Medical and sanitary report of the native army of Madras for the year
Year: 1875
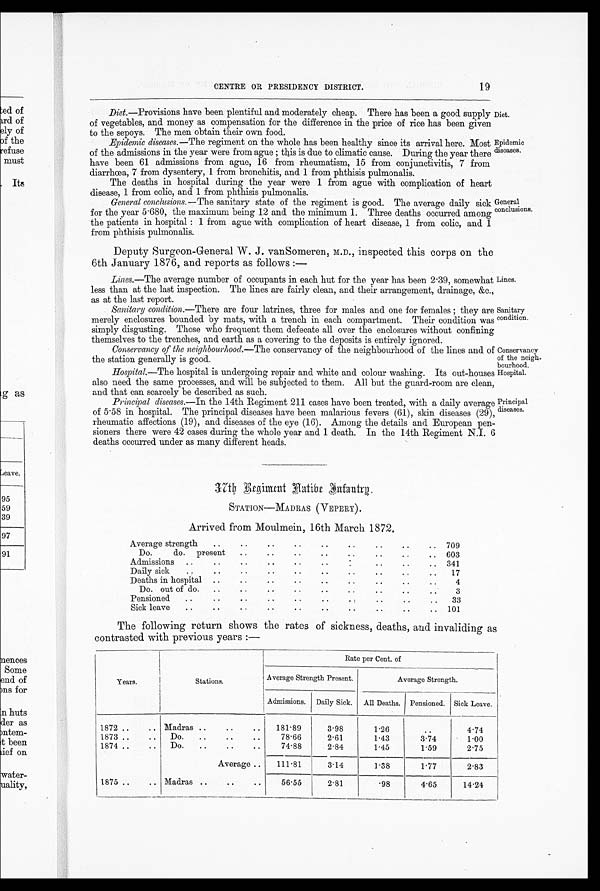
Diet.
Epidemic
diseases.
19
CENTRE OR PRESIDENCY DISTRICT.
Diet.—Provisions have been plentiful and moderately cheap. There has been a good supply
of vegetables, and money as compensation for the difference in the price of rice has been given
to the sepoys. The men obtain their own food.
Epidemic diseases .—The regiment on the whole has been healthy since its arrival here. Most
of the admissions in the year were from ague ; this is due to climatic cause. During the year there
have been 61 admissions from ague, 16 from rheumatism, 15 from conjunctivitis, 7 from
diarrhoea, 7 from dysentery, 1 from bronchitis, and 1 from phthisis pulmonalis.
The deaths in hospital during the year were 1 from ague with complication of heart
disease, 1 from colic, and 1 from phthisis pulmonalis.
General conclusions .—The sanitary state of the regiment is good. The average daily sick
for the year 5 . 680, the maximum being 12 and the minimum 1. Three deaths occurred among
the patients in hospital : 1 from ague with complication of heart disease, 1 from colic, and 1
from phthisis pulmonalis.
General
conclusions.
Deputy Surgeon-General W. J. vanSomeren, M.D., inspected this corps on the
6th January 1876, and reports as follows :—
Lines.—The average number of occupants in each hut for the year has been 2 . 39, somewhat
less than at the last inspection. The lines are fairly clean, and their arrangement, drainage, &c.,
as at the last report.
Sanitary condition .—There are four latrines, three for males and one for females ; they are
merely enclosures bounded by mats, with a trench in each compartment. Their condition was
simply disgusting. Those who frequent them defecate all over the enclosures without confining
themselves to the trenches, and earth as a covering to the deposits is entirely ignored.
Conservancy of the neighbourhood.—The conservancy of the neighbourhood of the lines and of
the station generally is good.
Hospital.—The hospital is undergoing repair and white and colour washing. Its out-houses
also need the same processes, and will be subjected to them. All but the guard-room are clean,
and that can scarcely be described as such.
Principal diseases.—In the 14th Regiment 211 cases have been treated, with a daily average
of 5 . 58 in hospital. The principal diseases have been malarious fevers (61), skin diseases (29),
rheumatic affections (19), and diseases of the eye (16). Among the details and European pen-
sioners there were 42 cases during the whole year and 1 death. In the 14th Regiment N.I. 6
deaths occurred under as many different heads.
Lines.
Sanitary
condition.
Conservancy
of the neigh
¬bourhood.
Hospital.
Principal
diseases.
37th Regiment Native Inf antry.
STATION—MADRAS (VEPERY).
Arrived from Moulmein, 16th March 1872.
Average strength
..
. .
. .
. .
. .
. .
. .
. .
. .
709
Do.
do.
present
..
.. ..
. .
. .
. .
. .
. .
603
Admissions
..
..
..
..
. .
.
.
. . . .
. .
341
Daily sick
..
..
..
..
. . .
.
. .
. .
.. ..
17
Deaths in hospital
..
.. .
.
. .
. .
. .
. .
. .
. .
4
Do. out of do.
..
..
..
..
. .
. .
. .
. .
. .
3
Pensioned
..
..
..
..
..
..
..
..
. .
. .
33
Sick leave
..
. .
. .
. .
. .
. .
. .
. .
. .
. .
101
The following return shows the rates of sickness, deaths, and invaliding as
contrasted with previous years :—
Years.
Stations.
Rate per Cent. of
Average Strength Present.
Average Strength.
Admissions. Daily Sick. All Deaths. Pensioned. Sick Leave.
1872 ..
.. Madras ..
..
..
181.89
3.98
1.26
. .
4.74
1873 ..
..
Do.
..
..
..
78.66
2.61
1.43
3.74
1.00
1874 ..
..
Do.
..
..
..
74.88
2.84
1.45
1.59
2.75
Average ..
3.14
111.81
1.38
1.77
2.83
1875 ..
.. Madras ..
..
..
56.55
2.81
.98
4.65
14.24